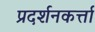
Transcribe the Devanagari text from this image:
प्रदर्शनकर्त्ता